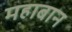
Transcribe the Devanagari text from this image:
महाबान